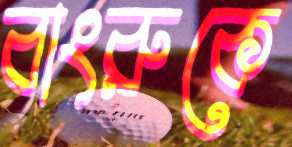
বাংরুকে